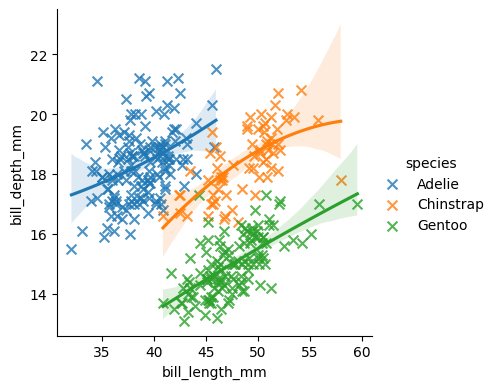
python, seaborn, lmplot, aspect=1.0, order=2, markers='x'